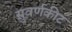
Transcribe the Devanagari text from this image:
सुवर्णकीट